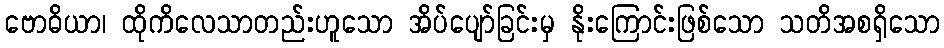
ဗောဓိယာ၊ ထိုကိလေသာတည်းဟူသော အိပ်ပျော်ခြင်းမှ နိုးကြောင်းဖြစ်သော သတိအစရှိသော